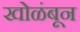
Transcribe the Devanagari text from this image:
खोळंबून